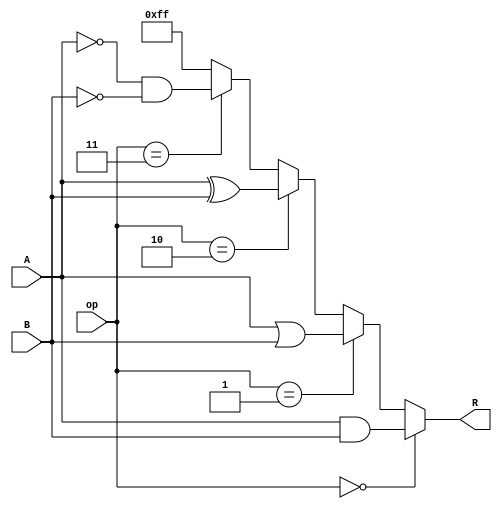
//Jesse Osiecki

`timescale 1ns / 1ps
module logical #(parameter N=8) (
	input [N-1:0] A, B,
	input [1:0] op,
	output [N-1:0] R
    );
	 
	 assign R = (op == 2'b00) ? (A & B) :
					(op == 2'b01) ? (A | B) :
					(op == 2'b10) ? (A ^ B) :
					(op == 2'b11) ? (~A & ~B) :  {N{1'b1}} ; //NOR

endmodule